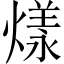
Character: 𤎔